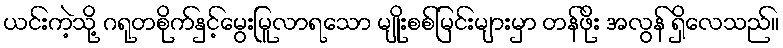
ယင်းကဲ့သို့ ဂရုတစိုက်နှင့်မွေးမြူလာရသော မျိုးစစ်မြင်းများမှာ တန်ဖိုး အလွန် ရှိလေသည်။